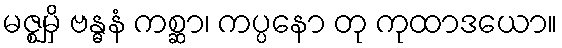
မဇ္ဈမှိ ဗန္ဓနံ ကစ္ဆာ၊ ကပ္ပနော တု ကုထာဒယော။